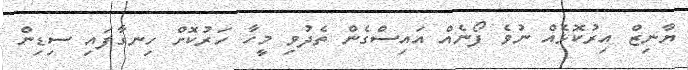
ޔާނިޒް އިރުކޮޅެއް ނުވެ ފޯނެއް އައިސްގެން ތެދުވި މީހާ ހަރުކޮށް ހިނގާފައި ސިޑިން